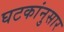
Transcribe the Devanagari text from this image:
घटकांनुसार